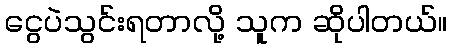
ငွေပဲသွင်းရတာလို့ သူက ဆိုပါတယ်။